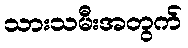
သားသမီးအတွက်